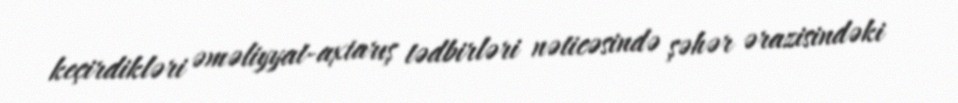
keçirdikləri əməliyyat-axtarış tədbirləri nəticəsində şəhər ərazisindəki